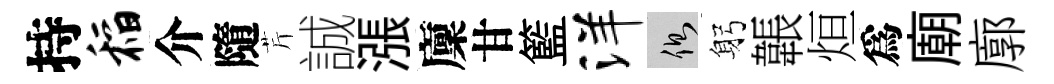
持稻介隨芹誠漲廩甘籃洋側躬韔烜爲廟廓